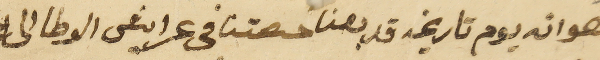
هو انه يوم تاريخه قد بعنا حصتنا فى عرايش الوطا الى